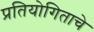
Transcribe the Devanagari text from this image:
प्रतियोगिताचे